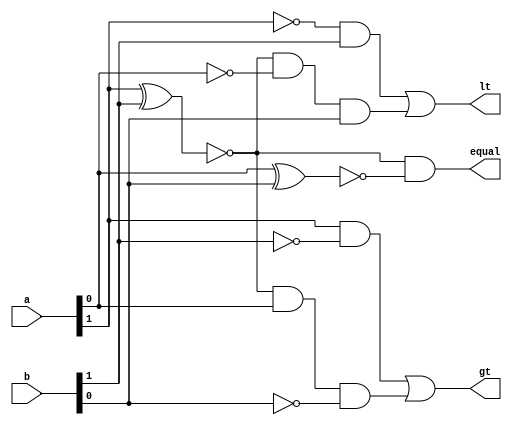
`timescale 1ns / 1ps
//////////////////////////////////////////////////////////////////////////////////
// Company: 
// Engineer: 
// 
// Design Name: 
// Module Name: Coparator_2bit
// Project Name: 
// Target Devices: 
// Tool Versions: 
// Description: 
// 
// Dependencies: 
// 
// Revision:
// Revision 0.01 - File Created
// Additional Comments:
// 
//////////////////////////////////////////////////////////////////////////////////


module Coparator_2bit(
    input [1:0] a,
    input [1:0] b,
    output equal,
    output gt,
    output lt
    );
    assign equal=~(a[1]^b[1]) & ~(a[0]^b[0]);
    assign gt=a[1]&~b[1] | ~(a[1]^b[1]) & a[0]&~b[0] ;
    assign lt=~a[1]&b[1] | ~(a[1]^b[1]) & ~a[0]&b[0];
endmodule